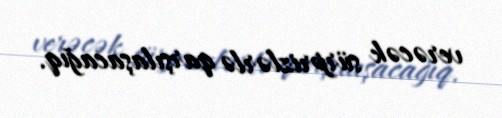
verəcək sürprizlərlə qarşılaşacağıq.